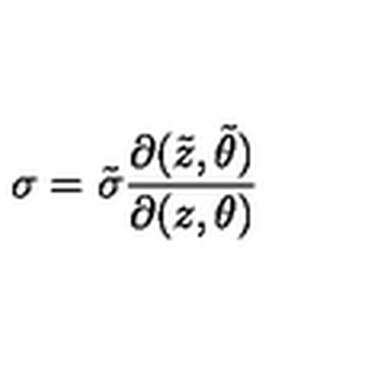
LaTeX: \sigma = { \tilde { \sigma } } \frac { \partial ( { \tilde { z } } , { \tilde { \theta } } ) } { \partial ( z , \theta ) }